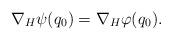
LaTeX: \begin{align*}\nabla_H \psi(q_0)=\nabla_H \varphi(q_0). \end{align*}